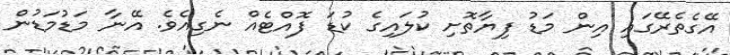
އޭގެތެރޭގައި އިން މަޑު ފިޔާތޮށި ކުލައިގެ ކުޑަ ފޮއްޓެއް ނެގިއެެވެ. އޭނާ މަޑުމަޑުން